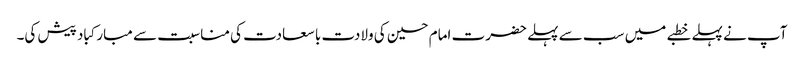
آپ نے پہلے خطبے میں سب سے پہلے حضرت امام حسین کی ولادت با سعادت کی مناسبت سے مبارکباد پیش کی۔